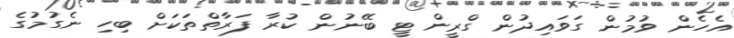
އެހެން ވުމުން ގަވައިދުން ގްރީން ޓީ ބޭނުން ކުރާ ފަރާތްތަކަށް ބިހި ނެގުމުގެ